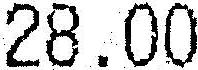
28.00